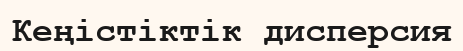
Кеңістіктік дисперсия